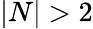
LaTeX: |N|>2